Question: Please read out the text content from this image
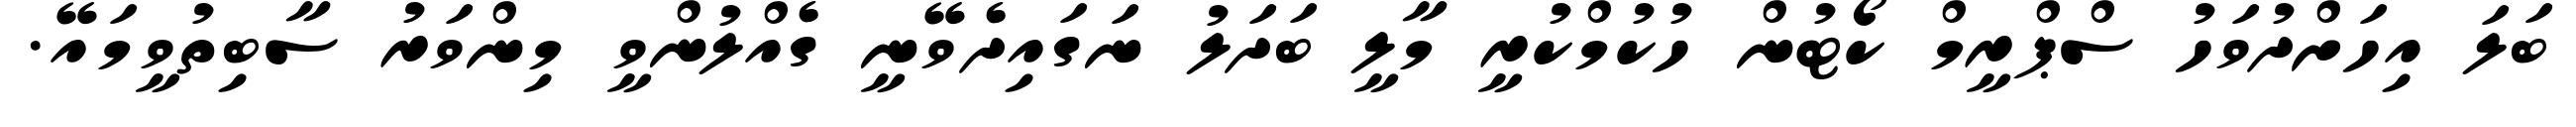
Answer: ބަލަ އިހަށްދުވަހު ސްޕްރީމް ކޯޓުން ހުކުމްކުރީ މާލީ ބަދަލު ނަގައިދެވޭނީ ގެއްލުންވީ މިންވަރު ސާބިތުވީމައޭ.